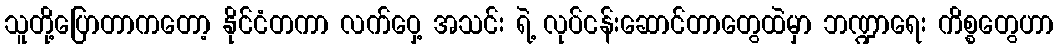
သူတို့ပြောတာကတော့ နိုင်ငံတကာ လက်ဝှေ့ အသင်း ရဲ့ လုပ်ငန်းဆောင်တာတွေထဲမှာ ဘဏ္ဍာရေး ကိစ္စတွေဟာ